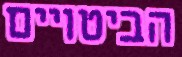
הביטויים